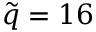
\tilde { q } = 1 6